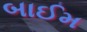
બાઈમ